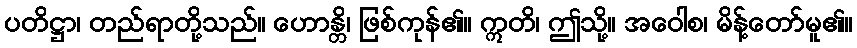
ပတိဋ္ဌာ၊ တည်ရာတို့သည်။ ဟောန္တိ၊ ဖြစ်ကုန်၏။ ဣတိ၊ ဤသို့။ အဝေါစ၊ မိန့်တော်မူ၏။